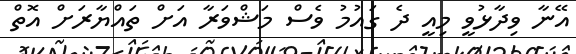
އޭނާ ވިދާޅުވީ މިއީ ދެ ގައުމު ވެސް މަޝްވަރާ އަށް ތައްޔާރަށް އޮތް